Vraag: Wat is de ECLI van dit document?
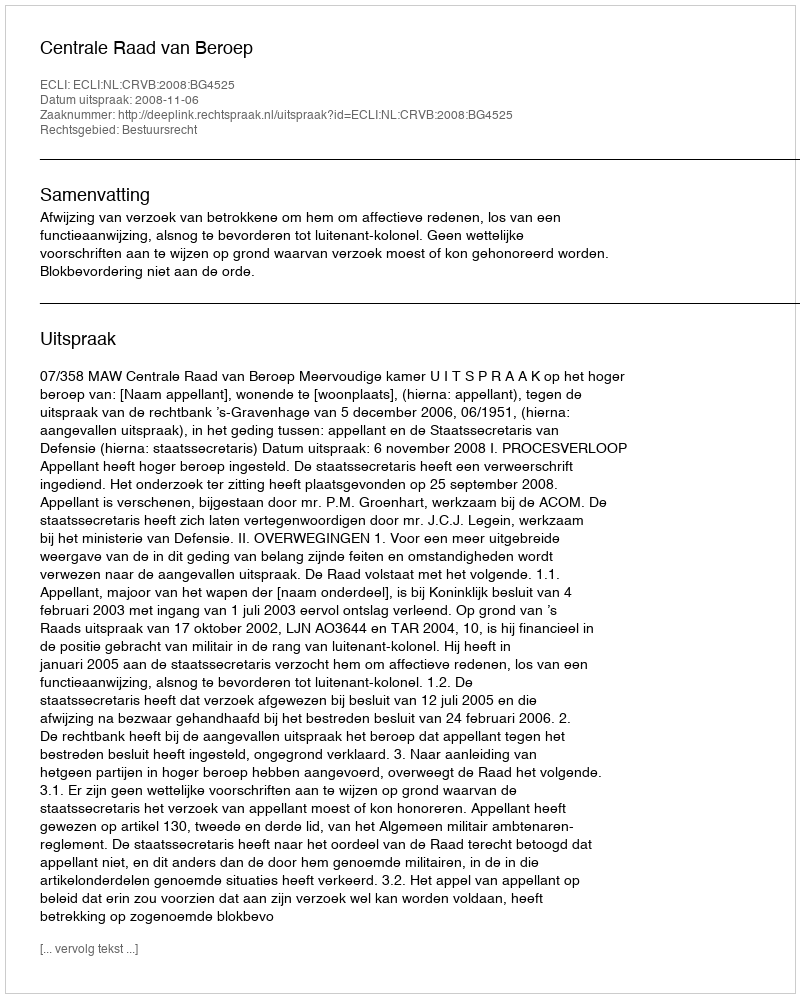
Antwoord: ECLI:NL:CRVB:2008:BG4525